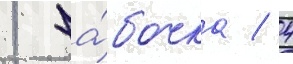
1 ба́бочка / 4